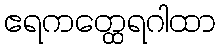
ဧရကတ္ထေရဂါထာ